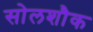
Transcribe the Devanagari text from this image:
सोलशौक